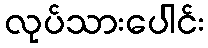
လုပ်သားပေါင်း